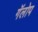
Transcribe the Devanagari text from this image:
गॅलोप